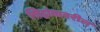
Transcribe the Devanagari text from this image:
सिद्धांतावरील